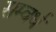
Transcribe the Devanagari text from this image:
सम्वर्ध